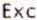
EXC